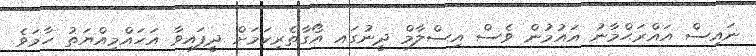
ނައިސް އައްރަޙްމާނު އައުމުން ވެސް އިސްލާމް ދީނުގައ އޯގާތެރިކަމަށް ދީފައިވާ އަހައްމިއްޔަތު ހާމަވެ